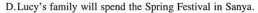
D.Lucy's family will spend the Spring Festivai in Sanya.